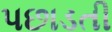
પછાડતી